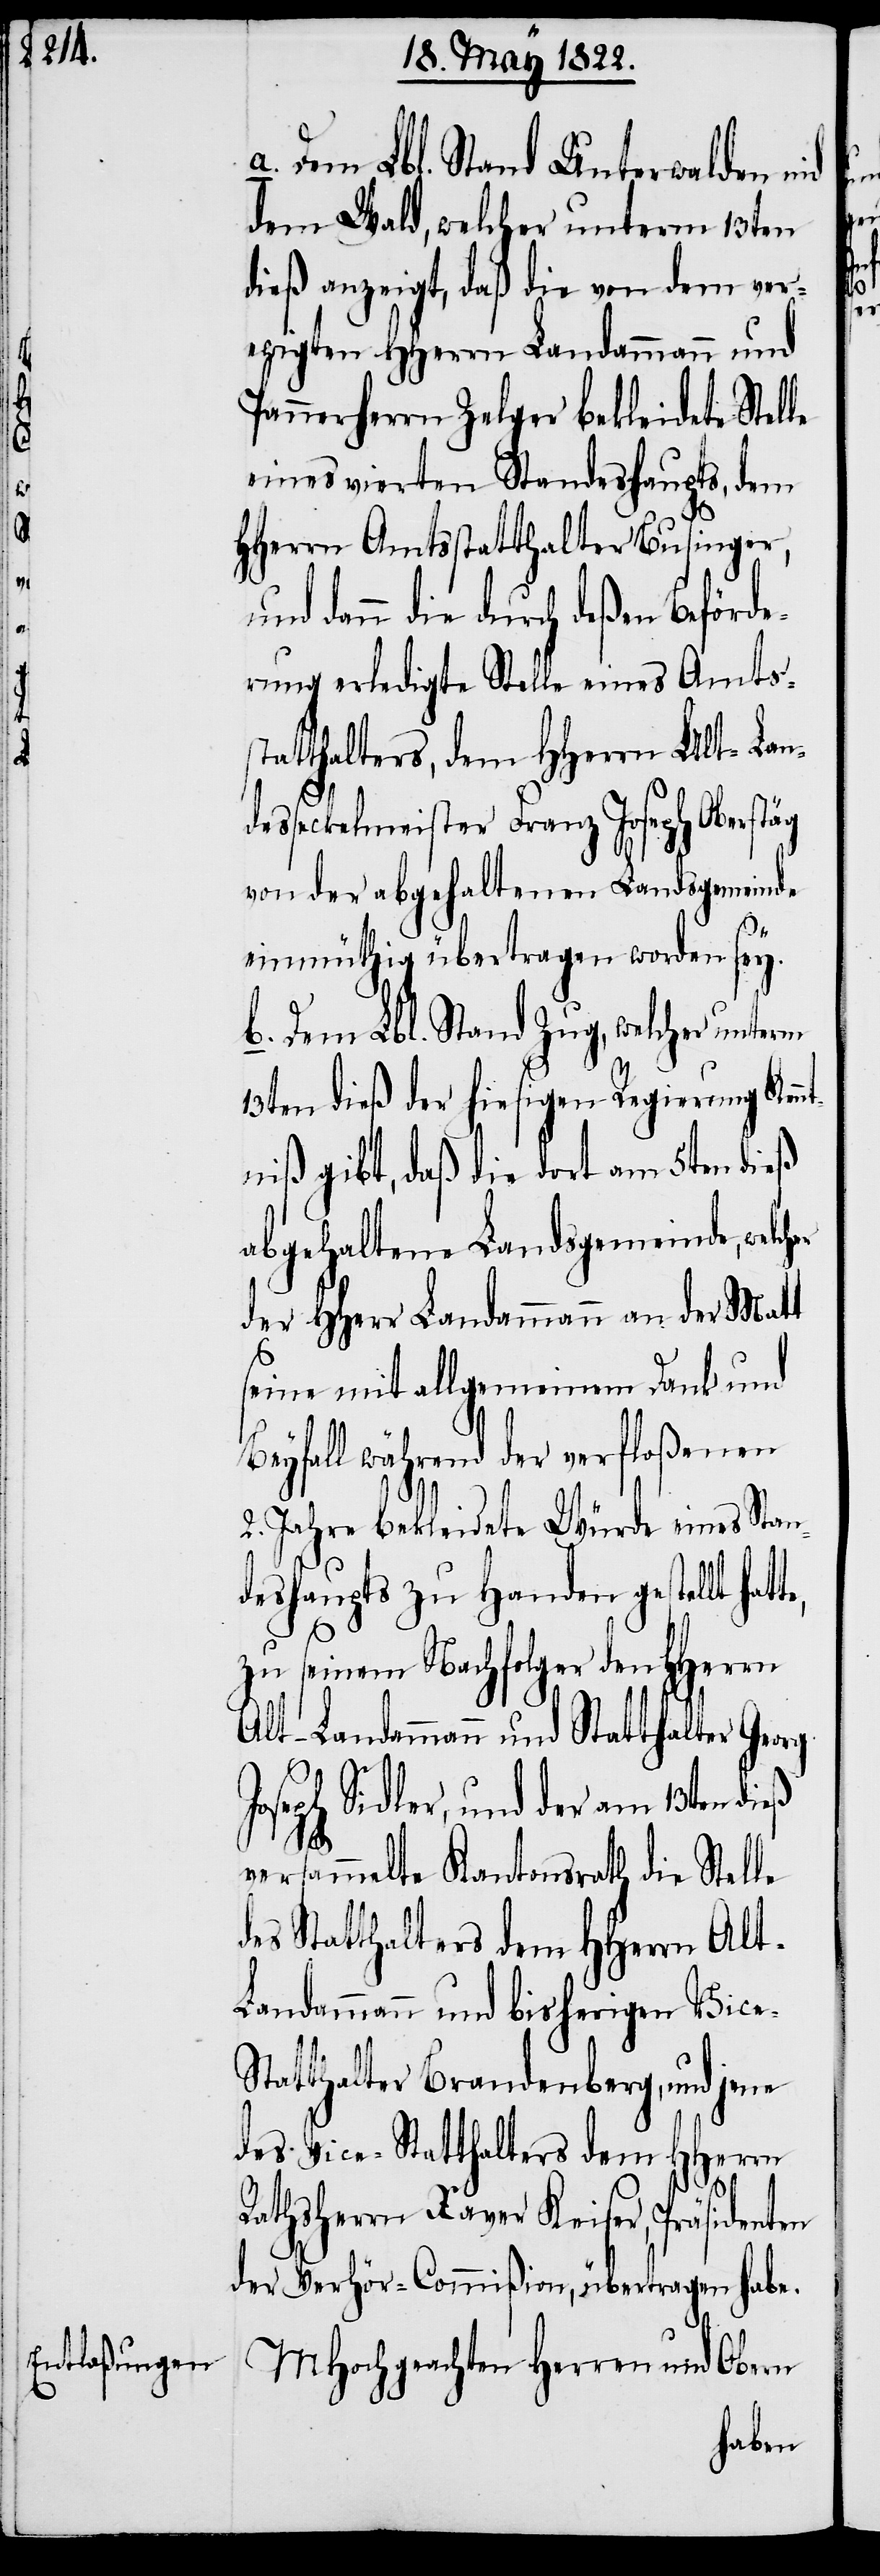
MHochgeachten Herren und Obern